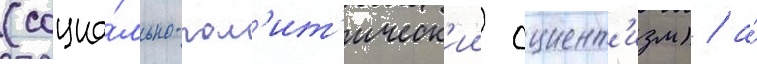
(социа́льно-пол'ит'ическ'ии сциент'изм) / а́